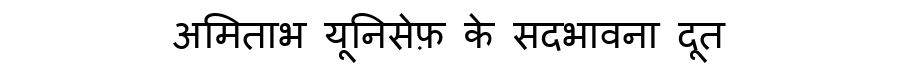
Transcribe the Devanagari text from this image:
अमिताभ यूनिसेफ़ के सदभावना दूत